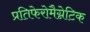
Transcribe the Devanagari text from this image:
प्रतिफेरोमैग्नेटिक